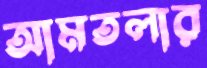
আমতলার